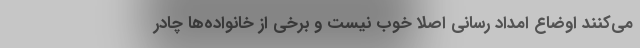
می‌کنند اوضاع امداد رسانی اصلا خوب نیست و برخی از خانواده‌ها چادر